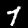
Label: 7